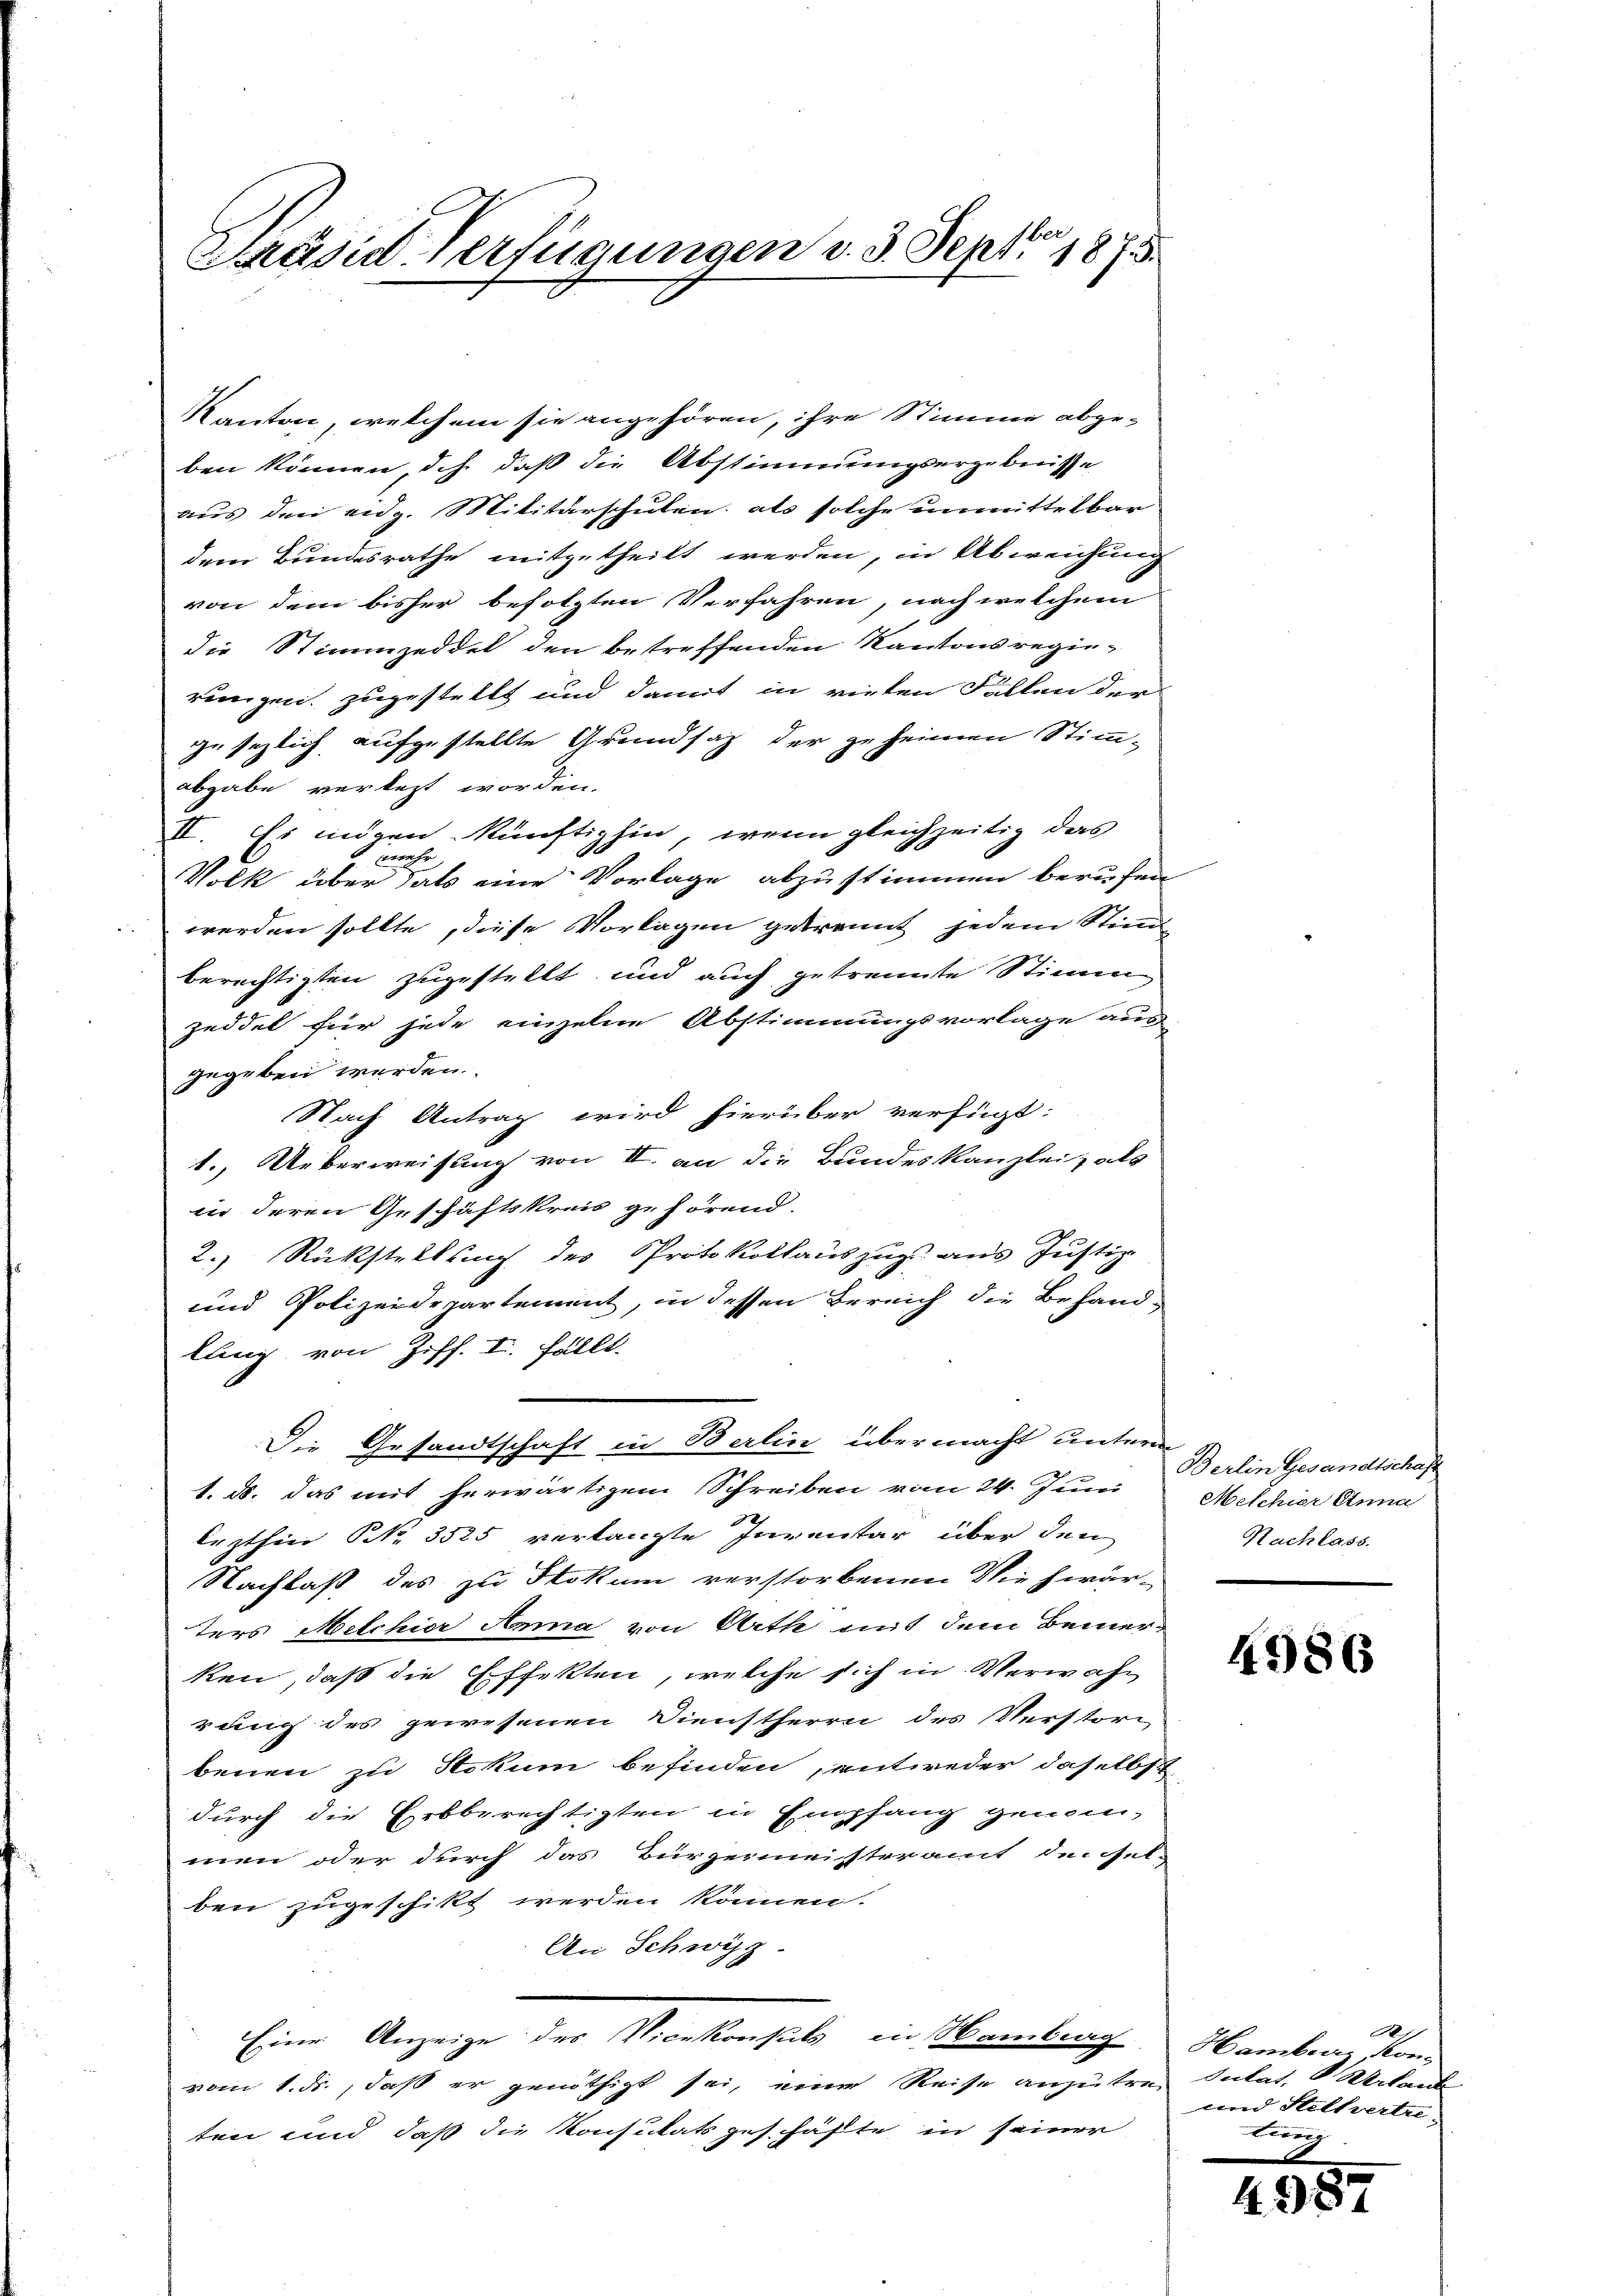
Präsid. Verfügungen d. 3. Sept 1875.

Kanton, welchem sie angehören, ihre Stimme abgeben können, d.h. daß die Abstimmungsergebnisse
aus den eng. Militärschulen als solche unmittelbar
dem Bundesrathe mitgetheilt werden, in Abweichung
von dem bisher befolgten Verfahren, nach welchem
die Stimmzeddel den betreffenden Kantonsregierungen zugestellt und damit in vielen Fällen der
gesezlich aufgestellte Grundsaz der zu heimen Stimm-
abgabe verlegt worden.
II. Es mögen künftighin, wenn gleichzeitig das
. mehr
Volk über dass eine Vorlage abzustimmen berufen
werden sollte, diese Vorlagen getrennt jedem Stim
berechtigten zugestellt und auch getrennte Stimm
jeddel für jede einzelne Abstimmungsvorlage aus
gegeben werden.
Nach Antrag wird hierüber verfügt:
1. Ueberweisung von II. an die Bundeskanzlei, als
in deren Geschäftskreis gehörend.
2.) Rückstellung des Protokollauszug aus Justiz
und Polizeidepartement, in dessen Bereich die Behandlang von Ziff. I. fällt.
Die Gesandtschaft in Berlin übermacht untern
1. ds. das mit herwärtigem Schreiben vom 24. Juni
lezthin No. 3525 verlangte Inventar über den
Nachlaß des zu Stokum verstorbenen Die hivär-
Ters Metchier Anna von Arth mit dem Bemerken, daß die Effekten, welche sich in Verwahrung des gewesenen Dienstherrn des Verstori
benen zu Stokum befinden, entweder daselbst
durch die Hebberechtigten in Empfang genom-
men oder durch das Bürgermeisteramt dersel-
ben zugeschikt werden können.
An Schwyz.
Eine Anzeige des Vicekonsuls in Sambag Hamber, kon-
vom 1. ds., daß er genöthigt sei, eine Reise anzutre sulat, 8 Mitant
ten und daß die Konsulats geschäfte in seiner

Berlin Gesandtschaft
Meschier Anna
Nachlass.

4986

A
und Stettertre
tung

2557